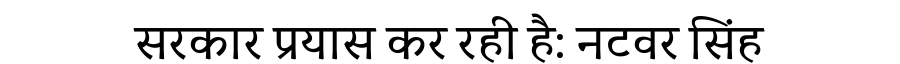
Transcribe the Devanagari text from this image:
सरकार प्रयास कर रही है: नटवर सिंह